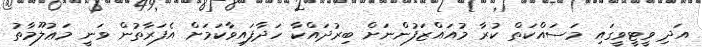
އަދި ވީޓީވީގައި މަސައްކަތް ކުރާ މުއައްޒަފުންނަށް ބިރުދައްކާ ހަދާފައިވާކަމަށް އެފަރާތުން ވަނީ މަޢުލޫމާތު